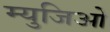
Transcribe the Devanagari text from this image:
म्युजिओ